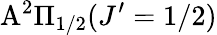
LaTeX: \mathrm{A}^{2}\Pi_{1/2}(J^{\prime}=1/2)